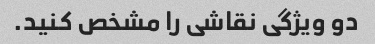
دو ویژگی نقاشی را مشخص کنید.